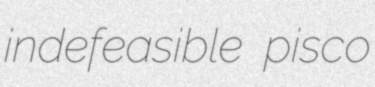
indefeasible pisco